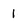
Character: 1